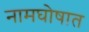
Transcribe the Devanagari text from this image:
नामघोषात